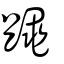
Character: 𪓰